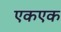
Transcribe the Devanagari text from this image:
एकएक